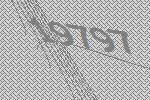
19797